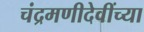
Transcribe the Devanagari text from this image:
चंद्रमणीदेवींच्या